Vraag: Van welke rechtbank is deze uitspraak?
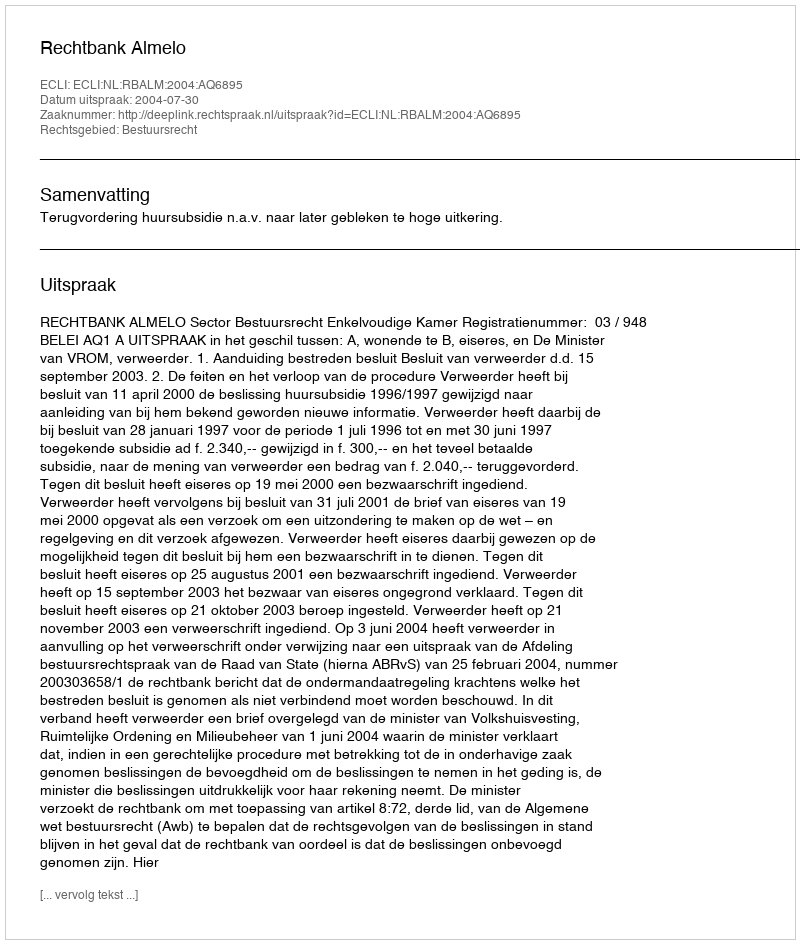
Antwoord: Rechtbank Almelo